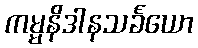
ကမ္မနိဒါနသင်္ခယော